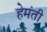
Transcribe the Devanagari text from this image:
हेमंती